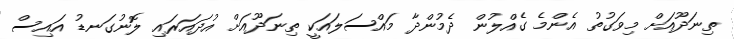
ތިނަދޫއަށް މިވަގުތު އެންމެ ގެއްލުން ދެމުންދާ މައްސަލައަކީ ތިނަދޫއަށް އުދައަރައި ލޮނުގަނޑު އައިސް